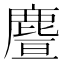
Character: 𪊥